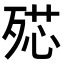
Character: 𣨠